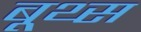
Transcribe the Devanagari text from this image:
बूथ्स